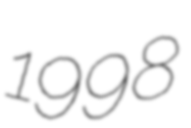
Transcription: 1998